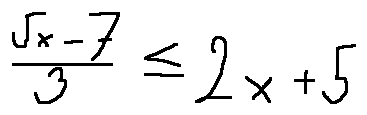
\frac { 5 x - 7 } { 3 } \leq 2 x + 5